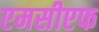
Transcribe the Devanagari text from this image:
एमसीएफ